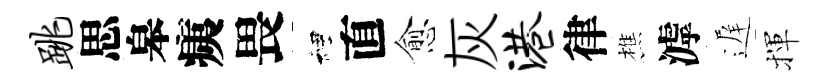
跳思皋痍畏裡直愈灰港律樵滹遅揮